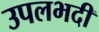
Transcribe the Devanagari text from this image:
उपलभदी